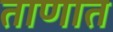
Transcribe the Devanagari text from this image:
ताणात